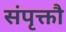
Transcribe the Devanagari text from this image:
संपृक्तौ